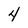
Character: 4